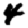
Digit: 4